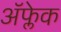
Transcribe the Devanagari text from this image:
अॅफ्लेक